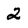
Character: 2